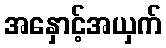
အနှောင့်အယှက်